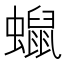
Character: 𧒑